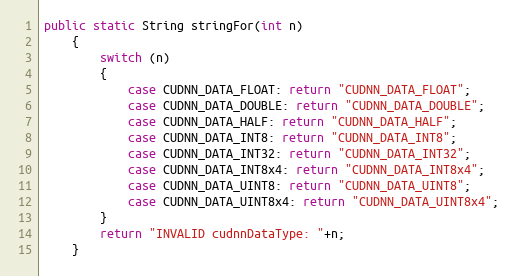
Language: Java
public static String stringFor(int n)
    {
        switch (n)
        {
            case CUDNN_DATA_FLOAT: return "CUDNN_DATA_FLOAT";
            case CUDNN_DATA_DOUBLE: return "CUDNN_DATA_DOUBLE";
            case CUDNN_DATA_HALF: return "CUDNN_DATA_HALF";
            case CUDNN_DATA_INT8: return "CUDNN_DATA_INT8";
            case CUDNN_DATA_INT32: return "CUDNN_DATA_INT32";
            case CUDNN_DATA_INT8x4: return "CUDNN_DATA_INT8x4";
            case CUDNN_DATA_UINT8: return "CUDNN_DATA_UINT8";
            case CUDNN_DATA_UINT8x4: return "CUDNN_DATA_UINT8x4";
        }
        return "INVALID cudnnDataType: "+n;
    }